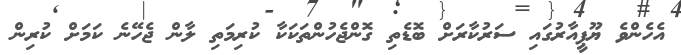
އެހެންވެ ޔޫޕީއާރުގައި ސަރުކާރަށް ބޮޑެތި ގޮންޖެހުންތަކަކާ ކުރިމަތި ލާން ޖެހޭނެ ކަމަށް ކުރިން